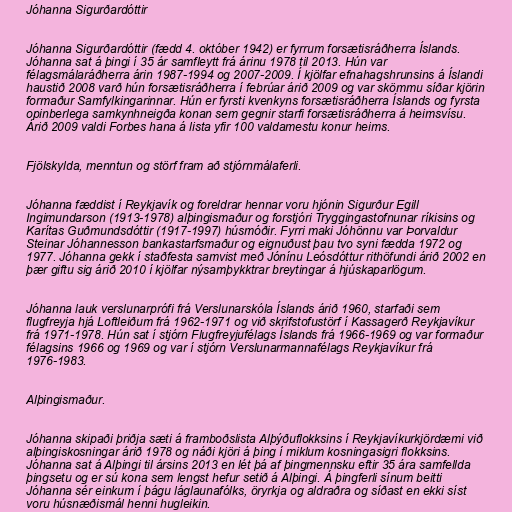
Jóhanna Sigurðardóttir

Jóhanna Sigurðardóttir (fædd 4. október 1942) er fyrrum forsætisráðherra Íslands.
Jóhanna sat á þingi í 35 ár samfleytt frá árinu 1978 til 2013. Hún var
félagsmálaráðherra árin 1987-1994 og 2007-2009. Í kjölfar efnahagshrunsins á Íslandi
haustið 2008 varð hún forsætisráðherra í febrúar árið 2009 og var skömmu síðar kjörin
formaður Samfylkingarinnar. Hún er fyrsti kvenkyns forsætisráðherra Íslands og fyrsta
opinberlega samkynhneigða konan sem gegnir starfi forsætisráðherra á heimsvísu.
Árið 2009 valdi Forbes hana á lista yfir 100 valdamestu konur heims.

Fjölskylda, menntun og störf fram að stjórnmálaferli.

Jóhanna fæddist í Reykjavík og foreldrar hennar voru hjónin Sigurður Egill
Ingimundarson (1913-1978) alþingismaður og forstjóri Tryggingastofnunar ríkisins og
Karítas Guðmundsdóttir (1917-1997) húsmóðir. Fyrri maki Jóhönnu var Þorvaldur
Steinar Jóhannesson bankastarfsmaður og eignuðust þau tvo syni fædda 1972 og
1977. Jóhanna gekk í staðfesta samvist með Jónínu Leósdóttur rithöfundi árið 2002 en
þær giftu sig árið 2010 í kjölfar nýsamþykktrar breytingar á hjúskaparlögum.

Jóhanna lauk verslunarprófi frá Verslunarskóla Íslands árið 1960, starfaði sem
flugfreyja hjá Loftleiðum frá 1962-1971 og við skrifstofustörf í Kassagerð Reykjavíkur
frá 1971-1978. Hún sat í stjórn Flugfreyjufélags Íslands frá 1966-1969 og var formaður
félagsins 1966 og 1969 og var í stjórn Verslunarmannafélags Reykjavíkur frá
1976-1983.

Alþingismaður.

Jóhanna skipaði þriðja sæti á framboðslista Alþýðuflokksins í Reykjavíkurkjördæmi við
alþingiskosningar árið 1978 og náði kjöri á þing í miklum kosningasigri flokksins.
Jóhanna sat á Alþingi til ársins 2013 en lét þá af þingmennsku eftir 35 ára samfellda
þingsetu og er sú kona sem lengst hefur setið á Alþingi. Á þingferli sínum beitti
Jóhanna sér einkum í þágu láglaunafólks, öryrkja og aldraðra og síðast en ekki síst
voru húsnæðismál henni hugleikin.